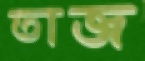
তাজ